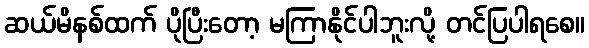
ဆယ်မိနစ်ထက် ပိုပြီးတော့ မကြာနိုင်ပါဘူးလို့ တင်ပြပါရစေ။